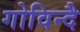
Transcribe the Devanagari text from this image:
गोविन्दै